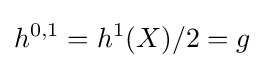
h^{0,1}=h^{1}(X)/2=g